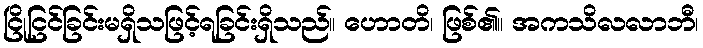
ငြိုငြင်ခြင်းမရှိသဖြင့်ရခြင်းရှိသည်။ ဟောတိ၊ ဖြစ်၏။ အကသိလလာဘီ၊